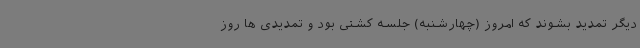
دیگر تمدید بشوند که امروز (چهارشنبه) جلسه کشتی بود و تمدیدی ها روز